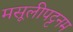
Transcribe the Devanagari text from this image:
मसूलीपट्टनम